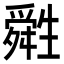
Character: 𤯷